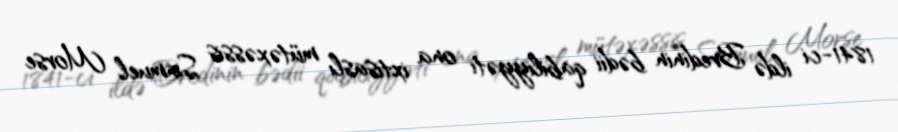
1841-ci ildə Bredinin bədii qabiliyyəti ona ixtisaslı mütəxəssis Samuel Morse